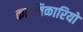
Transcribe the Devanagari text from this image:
कान्तिकारियों